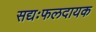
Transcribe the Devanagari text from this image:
सद्यःफलदायक